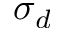
\sigma _ { d }